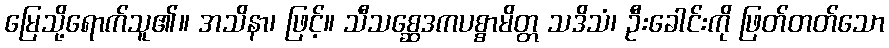
မြေသို့ရောက်သူ၏။ အသိနာ၊ ဖြင့်။ သီသစ္ဆေဒကပစ္စာမိတ္တ သဒိသံ၊ ဦးခေါင်းကို ဖြတ်တတ်သော